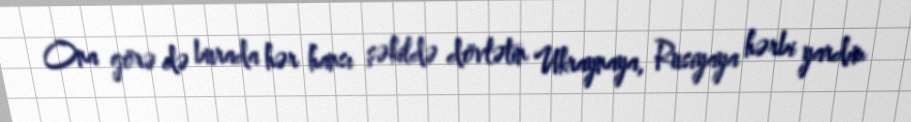
Ona görə də burada hər hansı şəkildə dövlətin Ukraynaya, Rusiyaya hərbi yardım